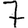
Digit: 7